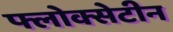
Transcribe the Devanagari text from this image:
फ्लोक्सेटीन